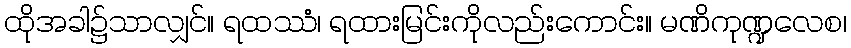
ထိုအခါ၌သာလျှင်။ ရထဿံ၊ ရထားမြင်းကိုလည်းကောင်း။ မဏိကုဏ္ဍလေစ၊